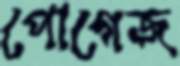
পোগেজ